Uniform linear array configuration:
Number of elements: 24
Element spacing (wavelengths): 0.25
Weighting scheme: uniform
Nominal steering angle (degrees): -45
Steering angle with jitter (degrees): -46.318
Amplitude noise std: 0.05
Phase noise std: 0.05

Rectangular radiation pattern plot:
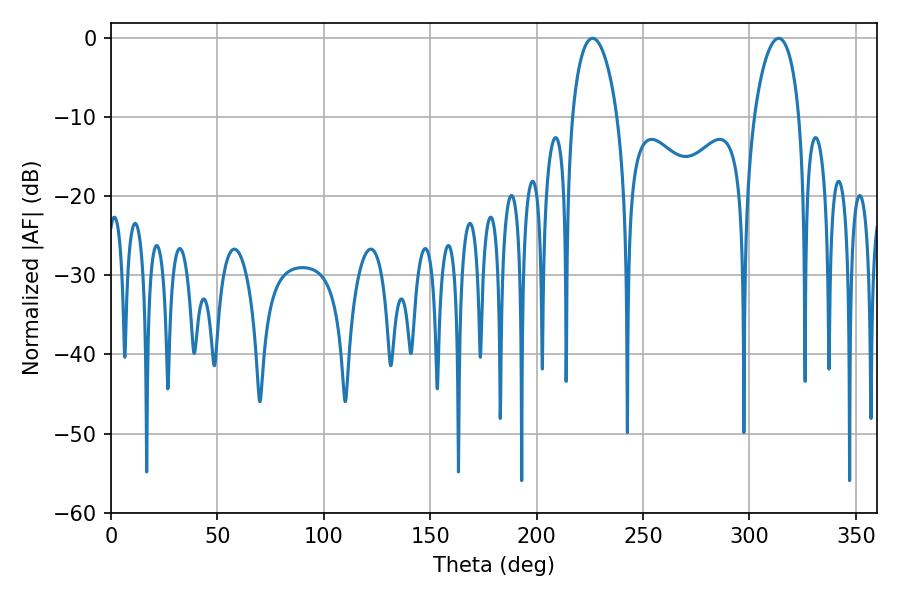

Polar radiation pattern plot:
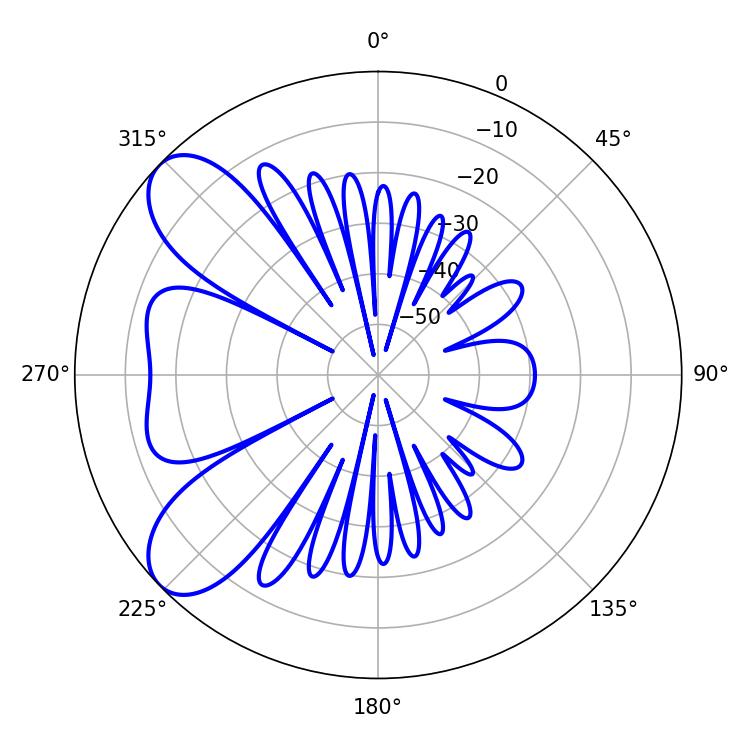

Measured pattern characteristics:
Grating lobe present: FALSE
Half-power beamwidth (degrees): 12.24
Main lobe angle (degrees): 226.26